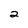
Character: 2